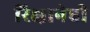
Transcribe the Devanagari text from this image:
रिक्षानेही